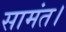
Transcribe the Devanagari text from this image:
सामंत।